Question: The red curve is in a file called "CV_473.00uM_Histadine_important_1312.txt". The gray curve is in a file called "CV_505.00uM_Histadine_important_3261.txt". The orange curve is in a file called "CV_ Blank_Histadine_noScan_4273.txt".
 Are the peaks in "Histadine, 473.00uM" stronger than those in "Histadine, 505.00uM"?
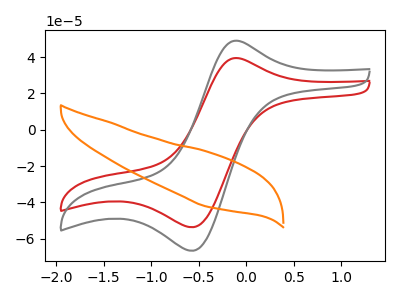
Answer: <think>The red curve "Histadine, 473.00uM" has an anodic peak at (-0.05V, 39.35uA) and a cathodic peak at (-0.55V, -53.65uA). The gray curve "Histadine, 505.00uM" has an anodic peak at (-0.05V, 48.90uA) and a cathodic peak at (-0.55V, -66.60uA). The orange curve "Histadine,  Blank" has no peaks.</think>
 <answer>Every peak in "Histadine, 473.00uM" is lower than every peak in "Histadine, 505.00uM".</answer>
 <eval>lower</eval>